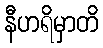
နီဟရိမှာတိ